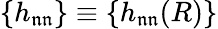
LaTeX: \{ h_{\mathfrak{n}\mathfrak{n}}\} \equiv\{ h_{\mathfrak{n}\mathfrak{n}}(R)\}